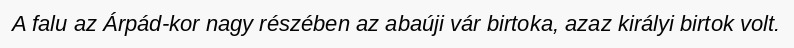
A falu az Árpád-kor nagy részében az abaúji vár birtoka, azaz királyi birtok volt.